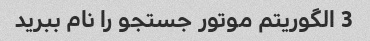
3 الگوریتم موتور جستجو را نام ببرید